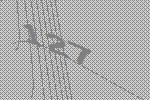
127